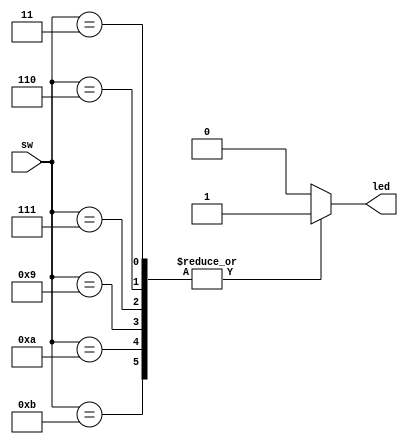
module DesignTask3(	 
// Slide Switch Inputs 
	 input [3:0] sw, 
   
// LED Outputs
     output [0:0] led
 );

reg [0:0] led; //the output led
wire [3:0] sw; //the input 4 bits

always @(sw)
begin
	case(sw)	
	       4'b0011, 4'b0110, 4'b0111, 4'b1001, 4'b1010, 4'b1011:
         	led[0] = 1;
       default:
         	led[0] = 0;
	endcase
end

endmodule